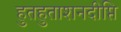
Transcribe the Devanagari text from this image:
हुतहुताशनदीप्ति